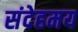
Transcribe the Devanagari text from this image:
संदेहमय